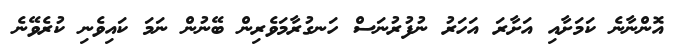
އޮންނާނެ ކަމަށާއި އަށާރަ އަހަރު ނުފުރުނަސް ހަނގުރާމަވެރިން ބޭނުން ނަމަ ކައިވެނި ކުރެވޭނެ